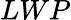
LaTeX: LWP